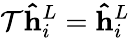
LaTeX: \mathcal{T}\mathbf{{\hat{{h}}}}_{i}^{L}=\mathbf{{\hat{{h}}}}_{i}^{L}